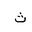
Letter: _tha